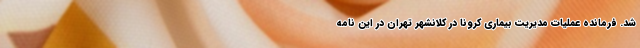
شد. فرمانده عملیات مدیریت بیماری کرونا در کلانشهر تهران در این نامه